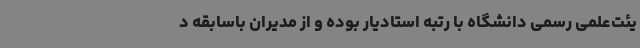
یئت‌علمی رسمی دانشگاه با رتبه استادیار بوده و از مدیران باسابقه د